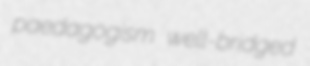
paedagogism well-bridged